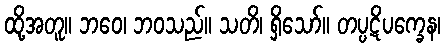
ထို့အတူ။ ဘဝေ၊ ဘဝသည်။ သတိ၊ ရှိသော်။ တပ္ပဋိပက္ခေန၊